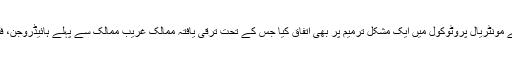
یہ بھی سامنے آیا ہے کہ اس معاہدے میں شریک ممالک نے مونٹریال پروٹوکول میں ایک مشکل ترمیم پر بھی اتفاق کیا جس کے تحت ترقی یافتہ ممالک غریب ممالک سے پہلے ہائیڈروجن، فلورین اور کاربن ڈائی آکسائیڈ کے استعمال کو کم کریں گے۔